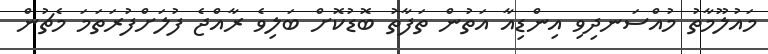
މައުލޫމާތު މުއްސަނދިވި އިންޑިއާ އަތުން ތަފާތު ބޮޑުކޮށް ބަލިވެ ރާއްޖެ ފުލަށްފުރަތަމަ މެޗުން